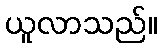
ယူလာသည်။